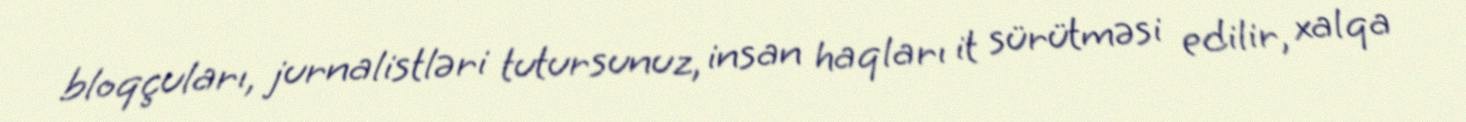
bloqçuları, jurnalistləri tutursunuz, insan haqları it sürütməsi edilir, xalqa